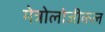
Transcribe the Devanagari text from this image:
मेत्रोलोजीकल